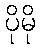
ပိုမို